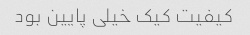
کیفیت کیک خیلی پایین بود